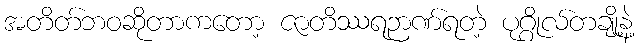
အတိတ်ဘဝဆိုတာကတော့ ဇာတိဿရဉာဏ်ရတဲ့ ပုဂ္ဂိုလ်တချို့နဲ့